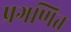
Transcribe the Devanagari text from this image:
प्रगणित